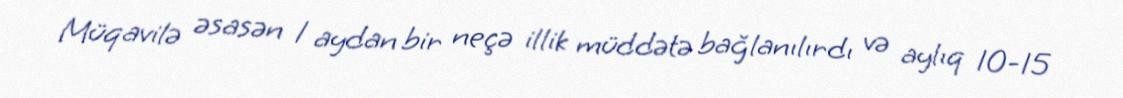
Müqavilə əsasən 1 aydan bir neçə illik müddətə bağlanılırdı və aylıq 10-15